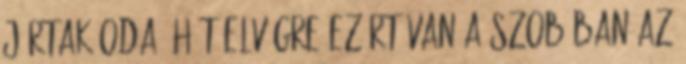
jártak oda. Hát elvégre ezért van a szobában az